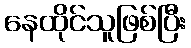
နေထိုင်သူဖြစ်ပြီး